Leningradi_Edasi_toimetus, lk 60
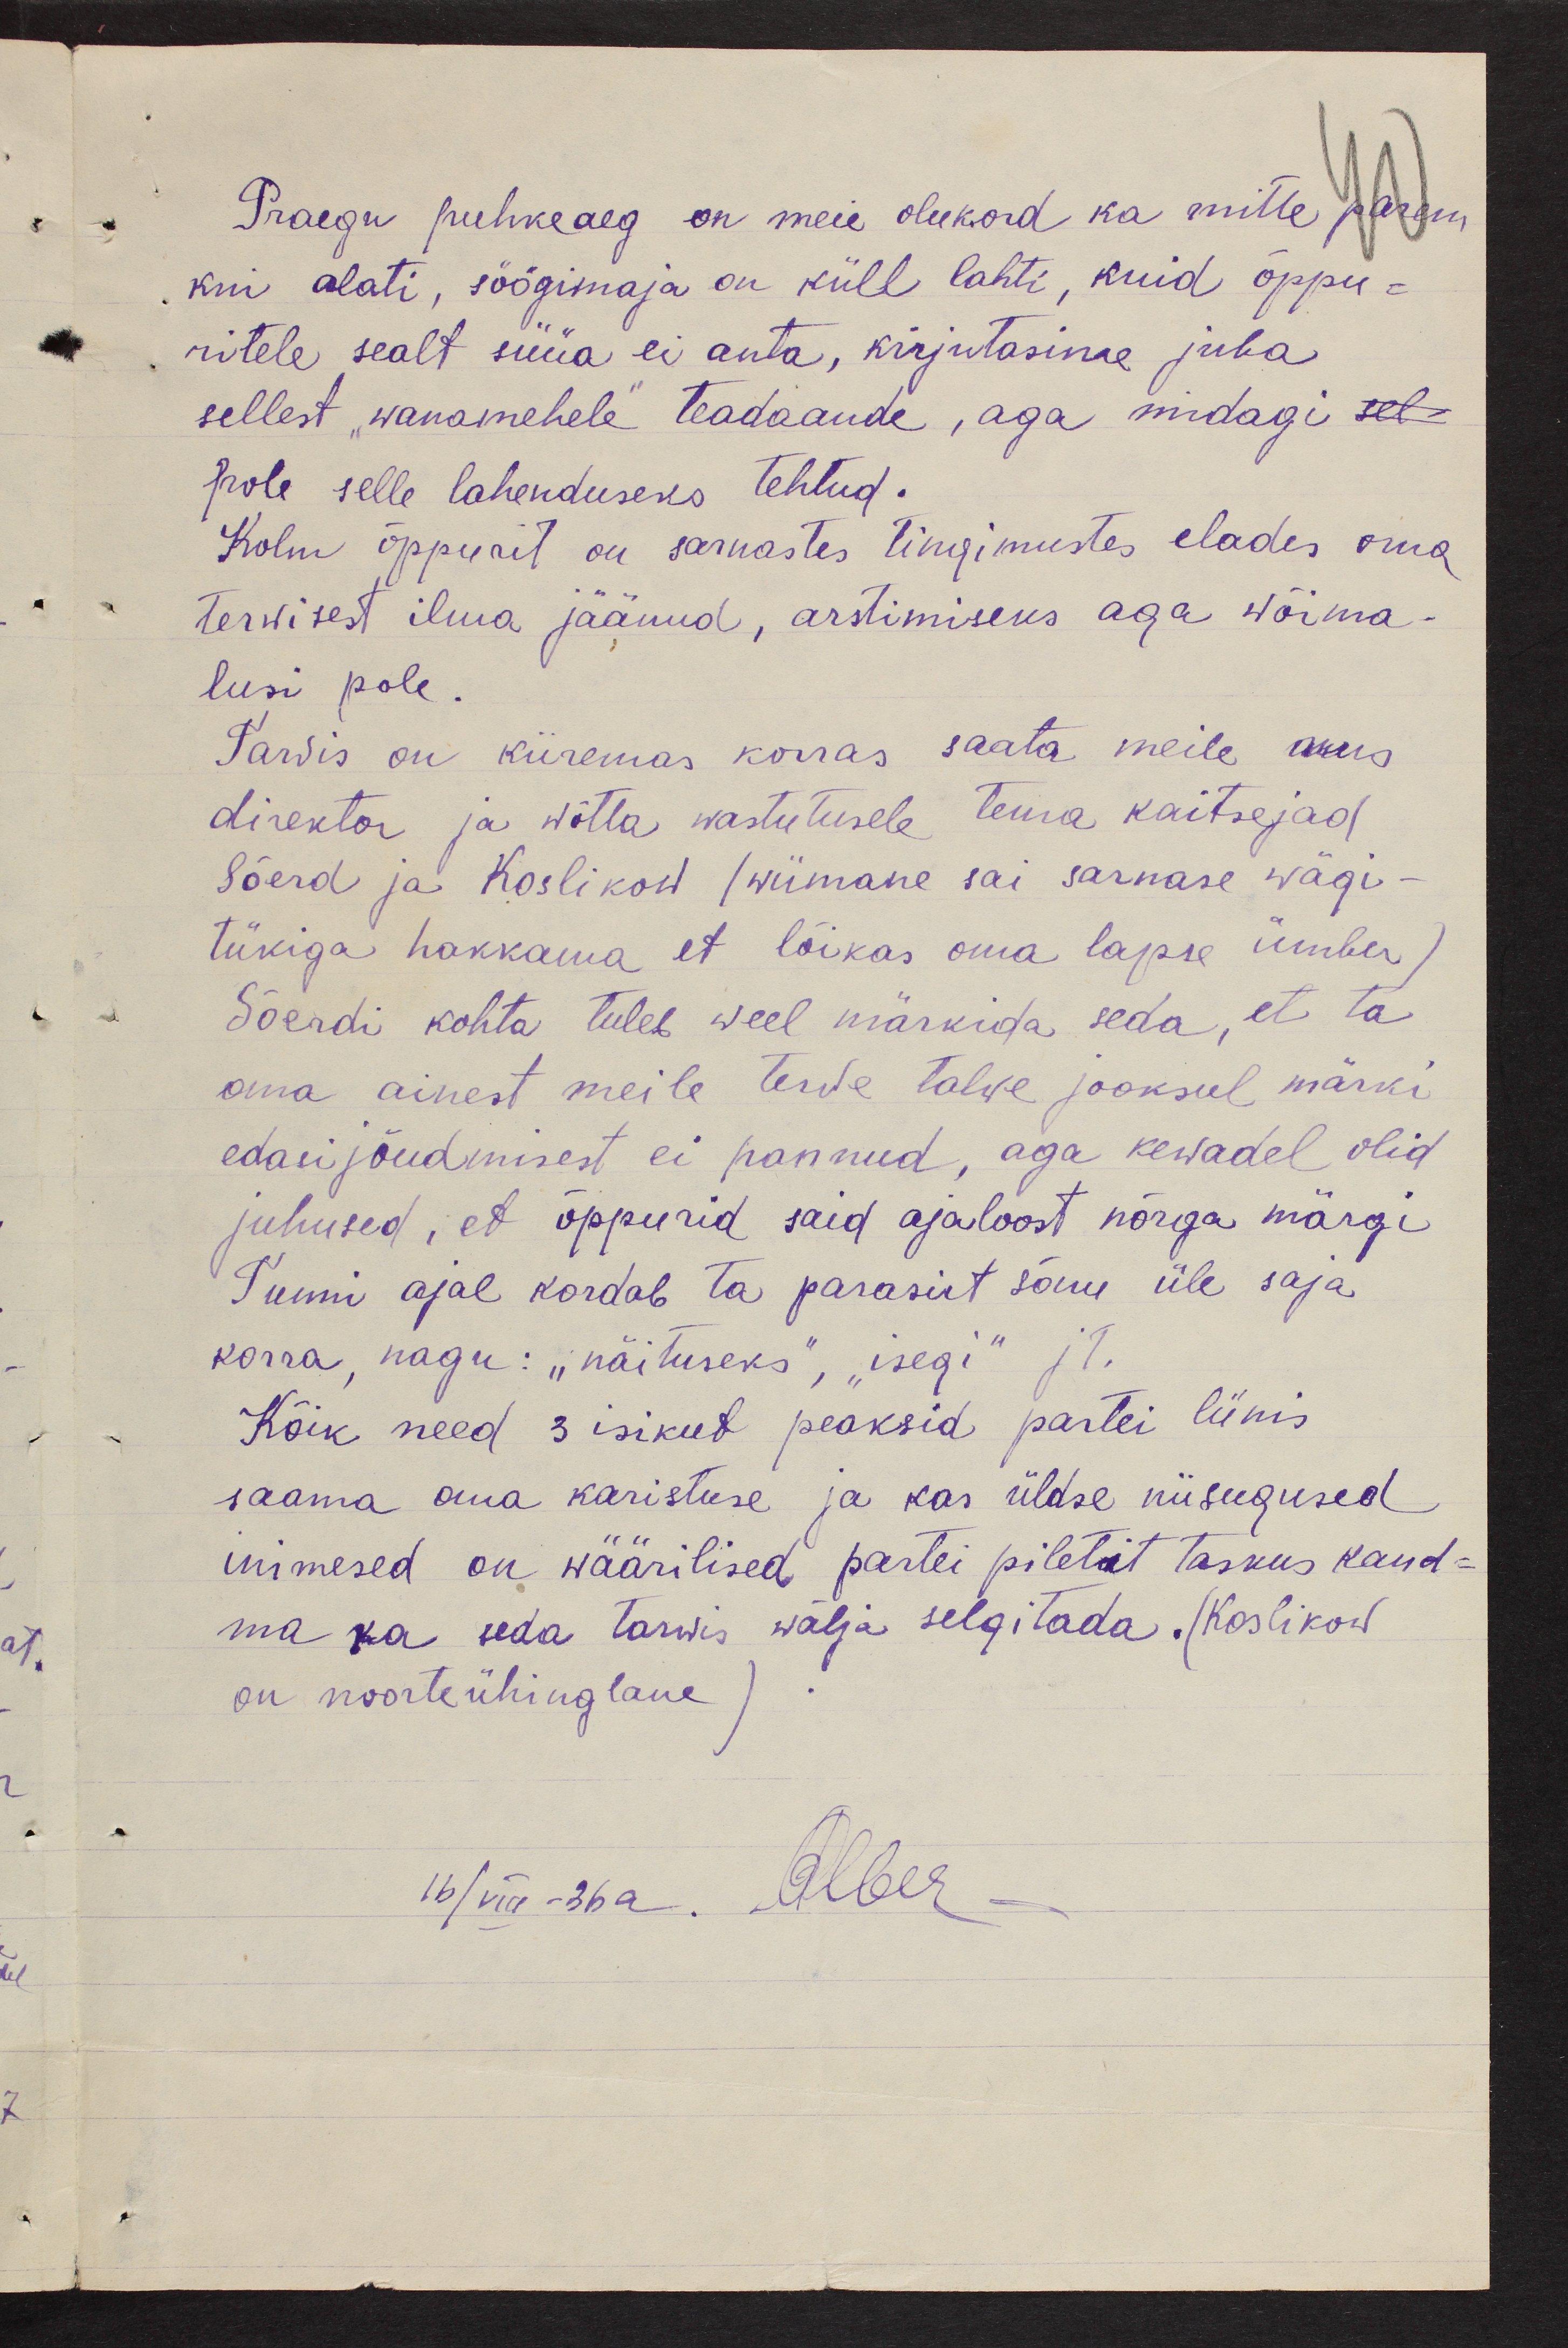
Praegu puhkeaeg on meie olukord ka mitte parem
kui alati, söögimaja on küll lahti, kuid õppu-
ritele sealt süüa ei anta, kirjutasime juba
sellest "wanamehele" teadaande, aga midagi sel-
pole selle lahenduseks tehtud.
Kolm õppurit on sarnastes tingimustes elades oma
terwisest ilma jäänud, arstimiseks aga wõima-
lusi pole.
Tarvis on kiiremas korras saata meile uus
direktor ja wõtta wastutusele tema kaitsejad
Sõerd ja Koslikow (wiimane sai sarnase wägi-
tükiga hakkama et lõikas oma lapse ümber)
Sõerdi kohta tuleb weel märkida seda, et ta
oma ainest meile terwe talwe jooksul märki
edasijõudmisest ei pannud, aga kewadel olid
juhused, et õppurid said ajaloost nõrga märgi
Tunni ajal kordab ta parasiit sõnu üle saja
korra, nagu: "näituseks", "isegi" jt.
Kõik need 3 isikut peaksid partei liinis
saama oma karistuse ja kas üldse niisugused
inimesed on wäärilised partei piletit taskus kand-
ma ka seda tarwis wälja selgitada. (Koslikow
on noorteühinglane)
16/VIII-36a. Alber _